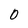
Character: O